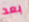
بعد